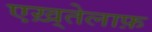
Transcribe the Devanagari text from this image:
एख़्तेलाफ़